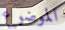
الموضوع